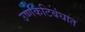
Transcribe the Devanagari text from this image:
उष्णकटिबंधात